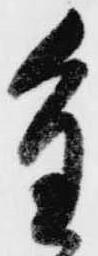
重